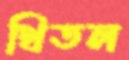
থিতল